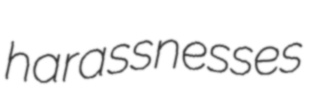
harassnesses